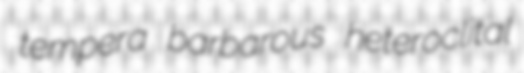
tempera barbarous heteroclital